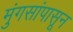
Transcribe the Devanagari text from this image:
मुंगसांपासून